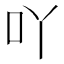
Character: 吖